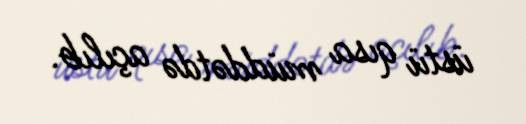
üstü qısa müddətdə açılıb.